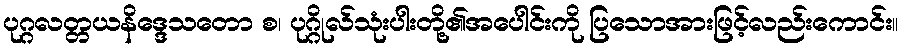
ပုဂ္ဂလတ္တယနိဒ္ဒေသတော စ၊ ပုဂ္ဂိုလ်သုံးပါးတို့၏အပေါင်းကို ပြသောအားဖြင့်လည်းကောင်း။